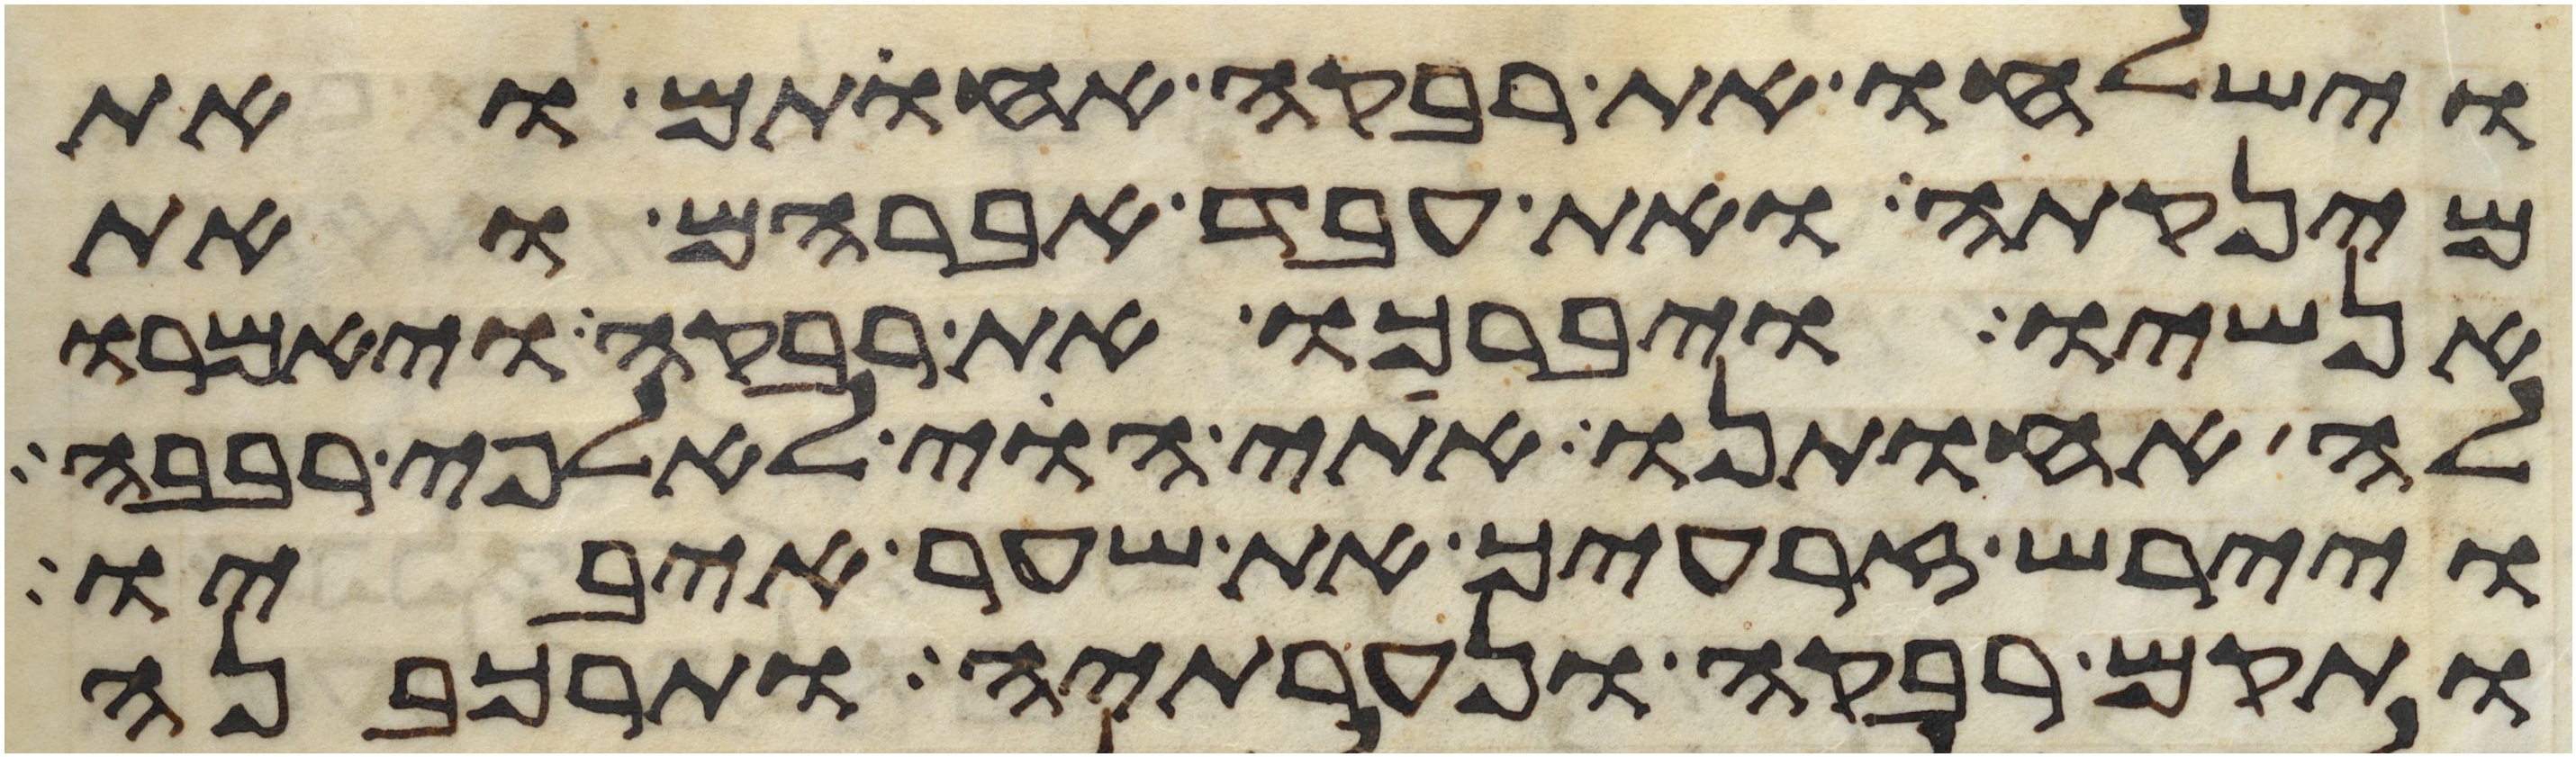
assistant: וישלחו את רבקה אחותם ואת
מינקתה ואת עבד אברהם ואת
אנשיו ויברכו את רבקה ויאמרו
לה אחותנו אתי הוי לאלפי רבבה
ויירש זרעיך את שער איביו
ותקם רבקה ונערתיה ותרכבנה